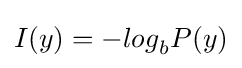
I(y)=-{log}_{b}P(y)